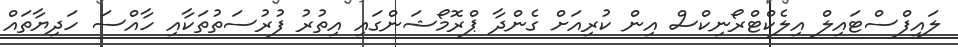
ލައިފްސްޓައިލް އިލެކްޓްރޯނިކްސް އިން ކުރިއަށް ގެންދާ ޕްރޮމޯޝަންގައި އިތުރު ފުރުސަތުތަކާއި ހާއްސަ ހަދިޔާތައް